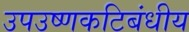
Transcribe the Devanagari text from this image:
उपउष्णकटिबंधीय